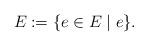
LaTeX: \begin{align*}E_{} := \{e \in E \mid e \}.\end{align*}